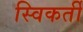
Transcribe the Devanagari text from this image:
स्विकर्ती